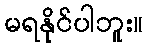
မရနိုင်ပါဘူး။